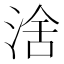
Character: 涻